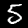
Digit: 5